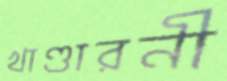
খাণ্ডারনী